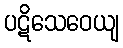
ပဋိသေဝေယျ